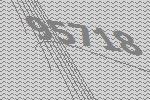
95718